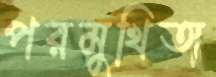
পরমুখিতা